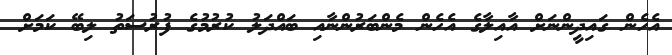
އެހެން ގައިދީންނަށް އާއިލާގެ އެހެން މެންބަރުންނާއި ބައްދަލު ކުރުމުގެ ފުރުސަތު ލިބޭ ކަމަށް